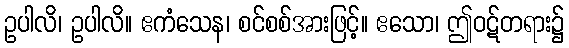
ဥပါလိ၊ ဥပါလိ။ ဧကံသေန၊ စင်စစ်အားဖြင့်။ ဧသော၊ ဤဝဋ်တရား၌